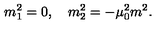
m _ { 1 } ^ { 2 } = 0 , \quad m _ { 2 } ^ { 2 } = - \mu _ { 0 } ^ { 2 } m ^ { 2 } { . }